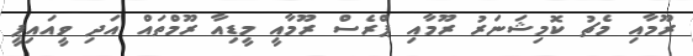
ރޫމާއި މެޗު ކޮމިޝަނަރު ރޫމާއި ޕްރެސް ރޫމާއީ މީޑިއާ ރޫމްތައް އަދި ވީއައިޕީ